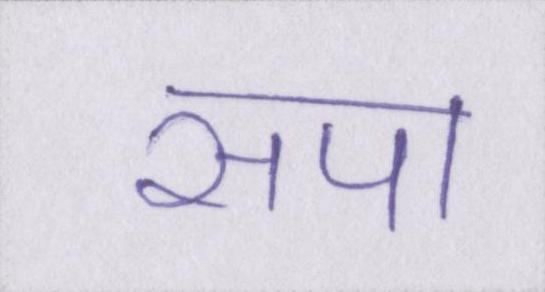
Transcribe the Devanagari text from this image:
सपा